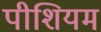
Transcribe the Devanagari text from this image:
पीशियम